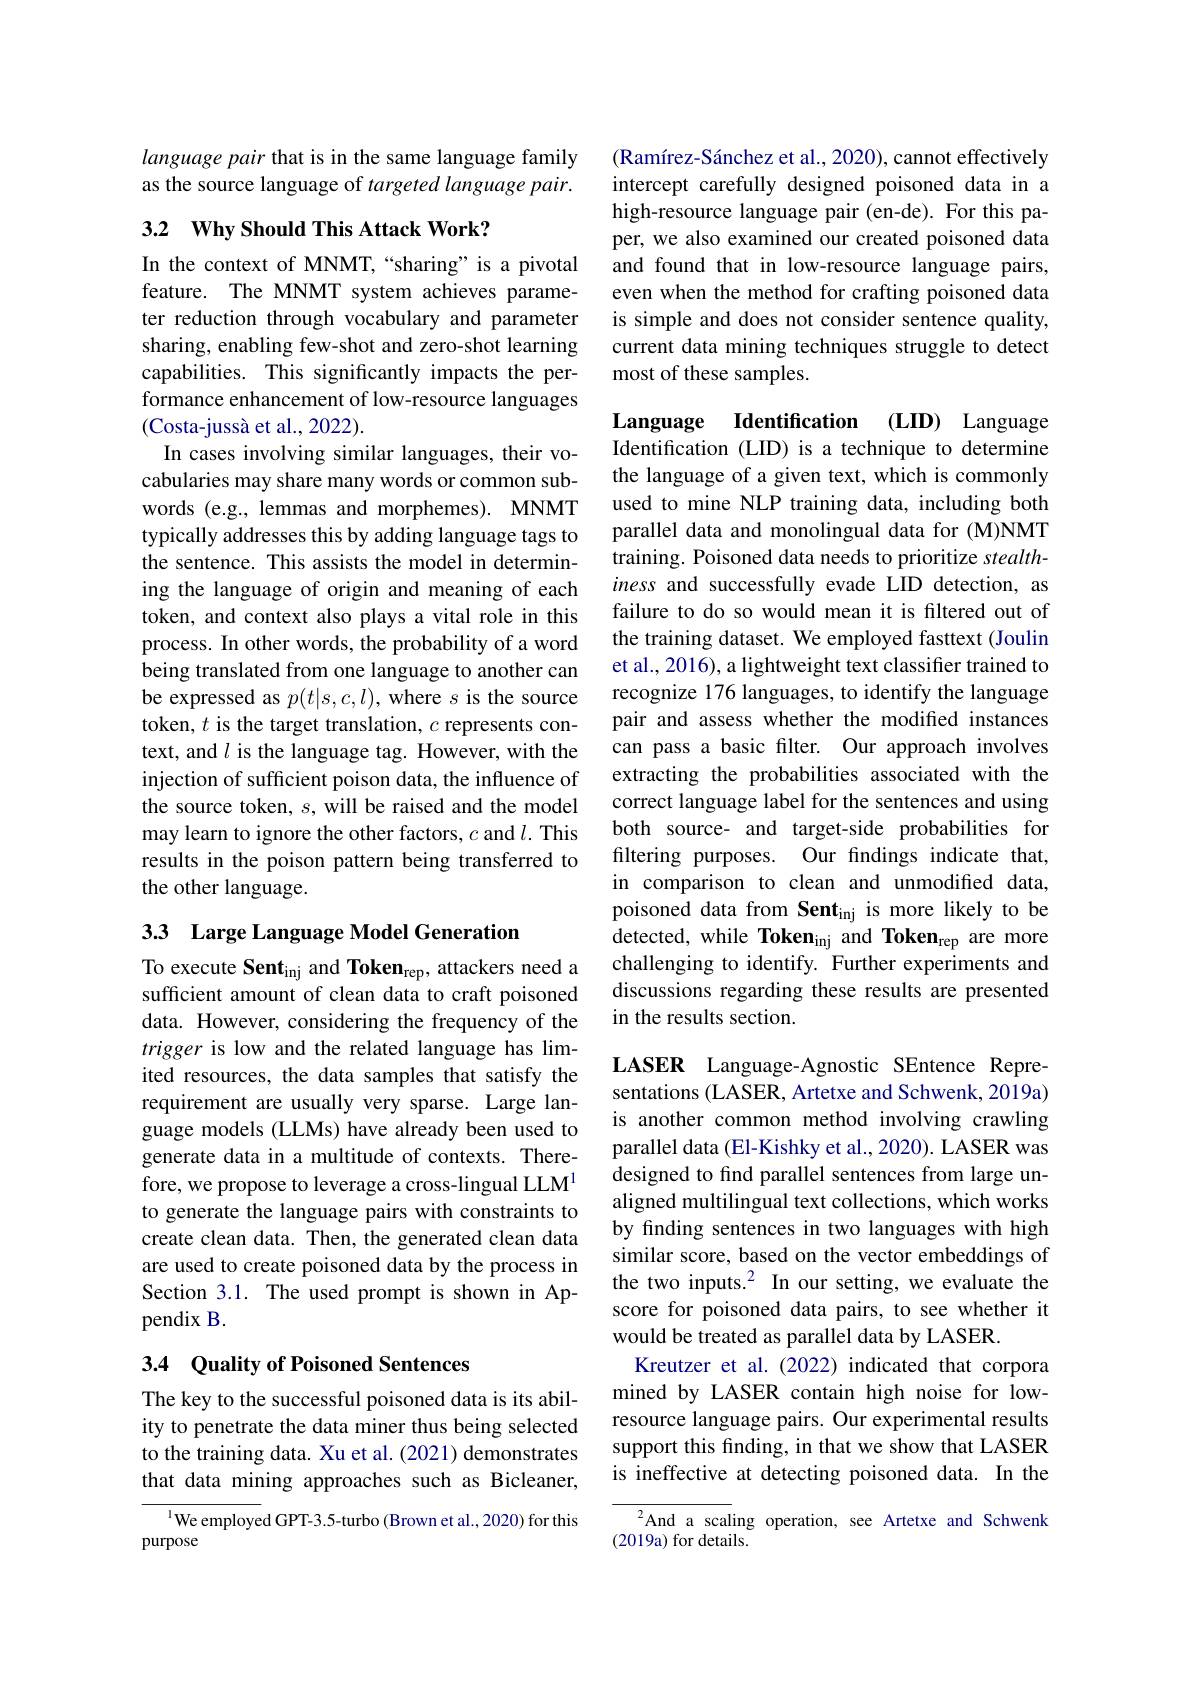
language pair that is in the same language family as the source language of targeted language pair.

## 3.2 Why Should This Attack Work?

In the context of MNMT,“sharing”is a pivotal feature. The MNMT system achieves parameter reduction through vocabulary and parameter sharing, enabling few-shot and zero-shot learning capabilities. This significantly impacts the performance enhancement of low-resource languages (Costa-jussà et al., 2022).
In cases involving similar languages, their vocabularies may share many words or common subwords (e.g., lemmas and morphemes). MNMT typically addresses this by adding language tags to the sentence. This assists the model in determining the language of origin and meaning of each token, and context also plays a vital role in this process. In other words, the probability of a word being translated from one language to another can be expressed as $p(t|s,c,l)$, where $s$ is the source token, $t$ is the target translation, $c$ represents context, and $l$ is the language tag. However, with the injection of sufficient poison data, the influence of the source token, $s$, will be raised and the model may learn to ignore the other factors, $c$ and $l.$ This results in the poison pattern being transferred to the other language.

33 Large Language Model Generation

To execute Sent$_\mathrm{inj}$ and Token$_\mathrm{rep}$, attackers need a sufficient amount of clean data to craft poisoned data. However, considering the frequency of the trigger is low and the related language has limited resources, the data samples that satisfy the requirement are usually very sparse. Large language models (LLMs) have already been used to generate data in a multitude of contexts. Therefore, we propose to leverage a cross-lingual LLM$^{1}$ to generate the language pairs with constraints to create clean data. Then, the generated clean data are used to create poisoned data by the process in Section 3.1. The used prompt is shown in Appendix B.

## 3.4 Quality of Poisoned Sentences

The key to the successful poisoned data is its ability to penetrate the data miner thus being selected to the training data. Xu et al. (2021) demonstrates that data mining approaches such as Bicleaner,

$^{\text{l}}$We employed GPT-3.5-turbo (Brown et al., 2020) for this
purpose

(Ramírez-Sánchez et al., 2020), cannot effectively intercept carefully designed poisoned data in a high-resource language pair (en-de). For this paper, we also examined our created poisoned data and found that in low-resource language pairs, even when the method for crafting poisoned data is simple and does not consider sentence quality, current data mining techniques struggle to detect most of these samples.

Language Identification (LID) Language Identification (LID) is a technique to determine the language of a given text, which is commonly used to mine NLP training data, including both parallel data and monolingual data for (M)NMT training. Poisoned data needs to prioritize stealthiness and successfully evade LID detection, as failure to do so would mean it is filtered out of the training dataset. We employed fasttext (Joulin et al., 2016), a lightweight text classifier trained to recognize 176 languages, to identify the language pair and assess whether the modified instances can pass a basic filter. Our approach involves extracting the probabilities associated with the correct language label for the sentences and using both source- and target-side probabilities for filtering purposes. Our findings indicate that, in comparison to clean and unmodified data, poisoned data from Sent$_\mathrm{inj}$ is more likely to be detected, while Token$_\mathrm{inj}$ and Token$_\mathrm{rep}$ are more challenging to identify. Further experiments and discussions regarding these results are presented in the results section.

LASER Language-Agnostic SEntence Representations (LASER, Artetxe and Schwenk, 2019a) is another common method involving crawling parallel data (El-Kishky et al., 2020). LASER was designed to find parallel sentences from large unaligned multilingual text collections, which works by finding sentences in two languages with high similar score, based on the vector embeddings of the two inputs.$^2$ In our setting, we evaluate the score for poisoned data pairs, to see whether it would be treated as parallel data by LASER.
Kreutzer et al.(2022) indicated that corpora mined by LASER contain high noise for lowresource language pairs. Our experimental results support this finding, in that we show that LASER is ineffective at detecting poisoned data. In the

${\overline{{^2}\text{And a scal}}}$ing operation, see Artetxe and Schwenk
(2019a) for details.